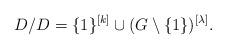
LaTeX: \begin{align*}D/D = \{1\}^{[k]} \cup (G \setminus \{1\})^{[\lambda]}.\end{align*}